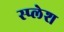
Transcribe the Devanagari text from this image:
स्प्लेश